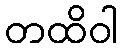
တထိဝါ